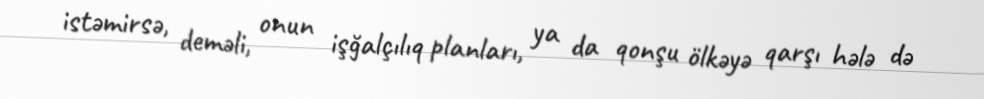
istəmirsə, deməli, onun işğalçılıq planları, ya da qonşu ölkəyə qarşı hələ də